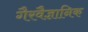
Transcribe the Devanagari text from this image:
गैरवैज्ञानिक